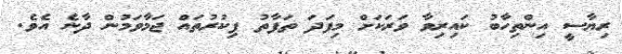
ރިޔާސީ އިންތިހާބު ކައިރިވާ ވަރަކަށް މިފަދަ ތަފާތު ފިކުރުތައް ޖަމާވަމުން ދާނެ އެވެ.